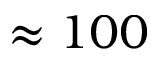
\approx 1 0 0